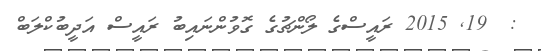
:  19